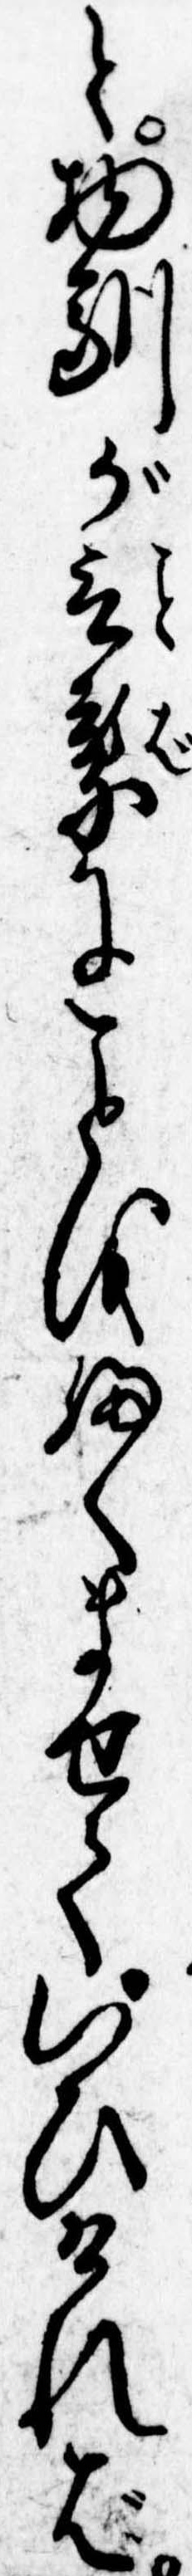
と物馴が言葉にをふくませていひければ